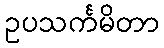
ဥပသင်္ကမိတာ